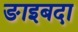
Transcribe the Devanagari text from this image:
ङाइबदा